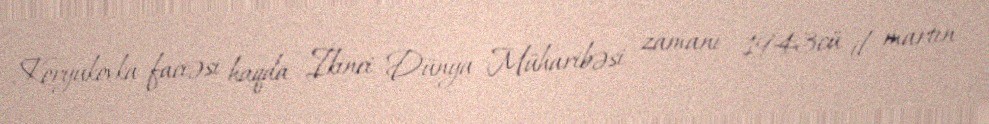
Koryukovka faciəsi haqda: İkinci Dünya Müharibəsi zamanı - 1943cü il martın